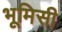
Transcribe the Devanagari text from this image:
भूमिसी